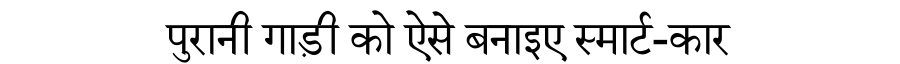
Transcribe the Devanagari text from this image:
पुरानी गाड़ी को ऐसे बनाइए स्मार्ट-कार